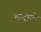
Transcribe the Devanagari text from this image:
आदीले